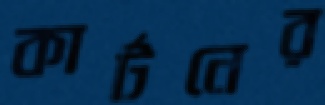
কার্টনের